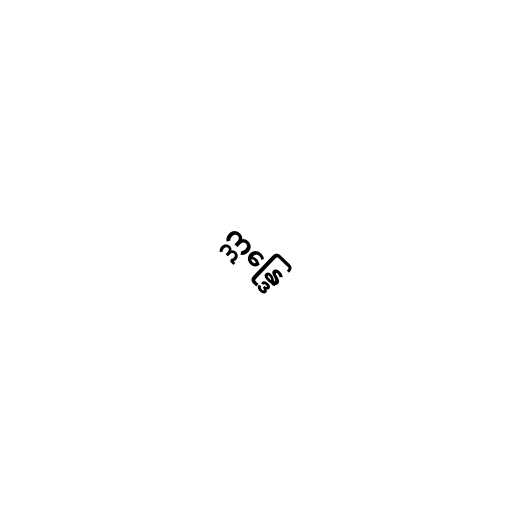
ဣန္ဒြေ